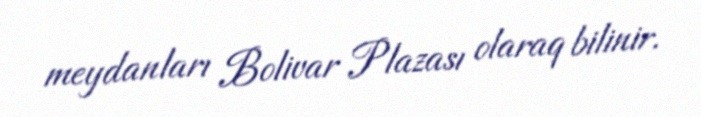
meydanları Bolivar Plazası olaraq bilinir.